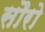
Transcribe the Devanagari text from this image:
सौरो